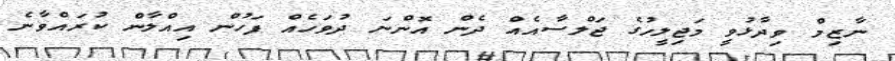
ނާޒިމް ވިދާޅުވީ މަޖިލީހުގެ ޖަލްސާއެއް ދެން އޮންނަ ދުވަހެއް ފަހުން އިއްލާން ކުރައްވާނެ